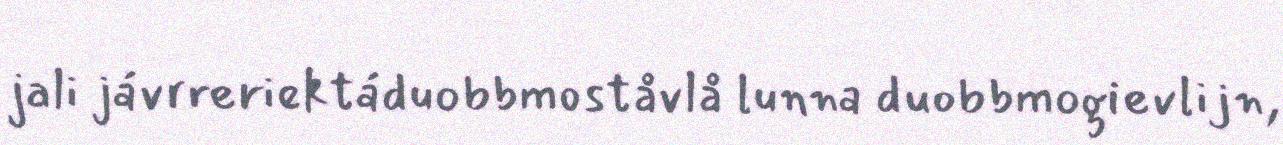
jali jávrreriektáduobbmoståvlå lunna duobbmogievlijn,